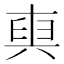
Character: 𠔧